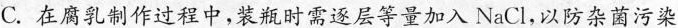
C.在腐乳制作过程中，装瓶时需逐层等量加入NaCl，以防杂菌污染